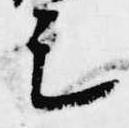
足